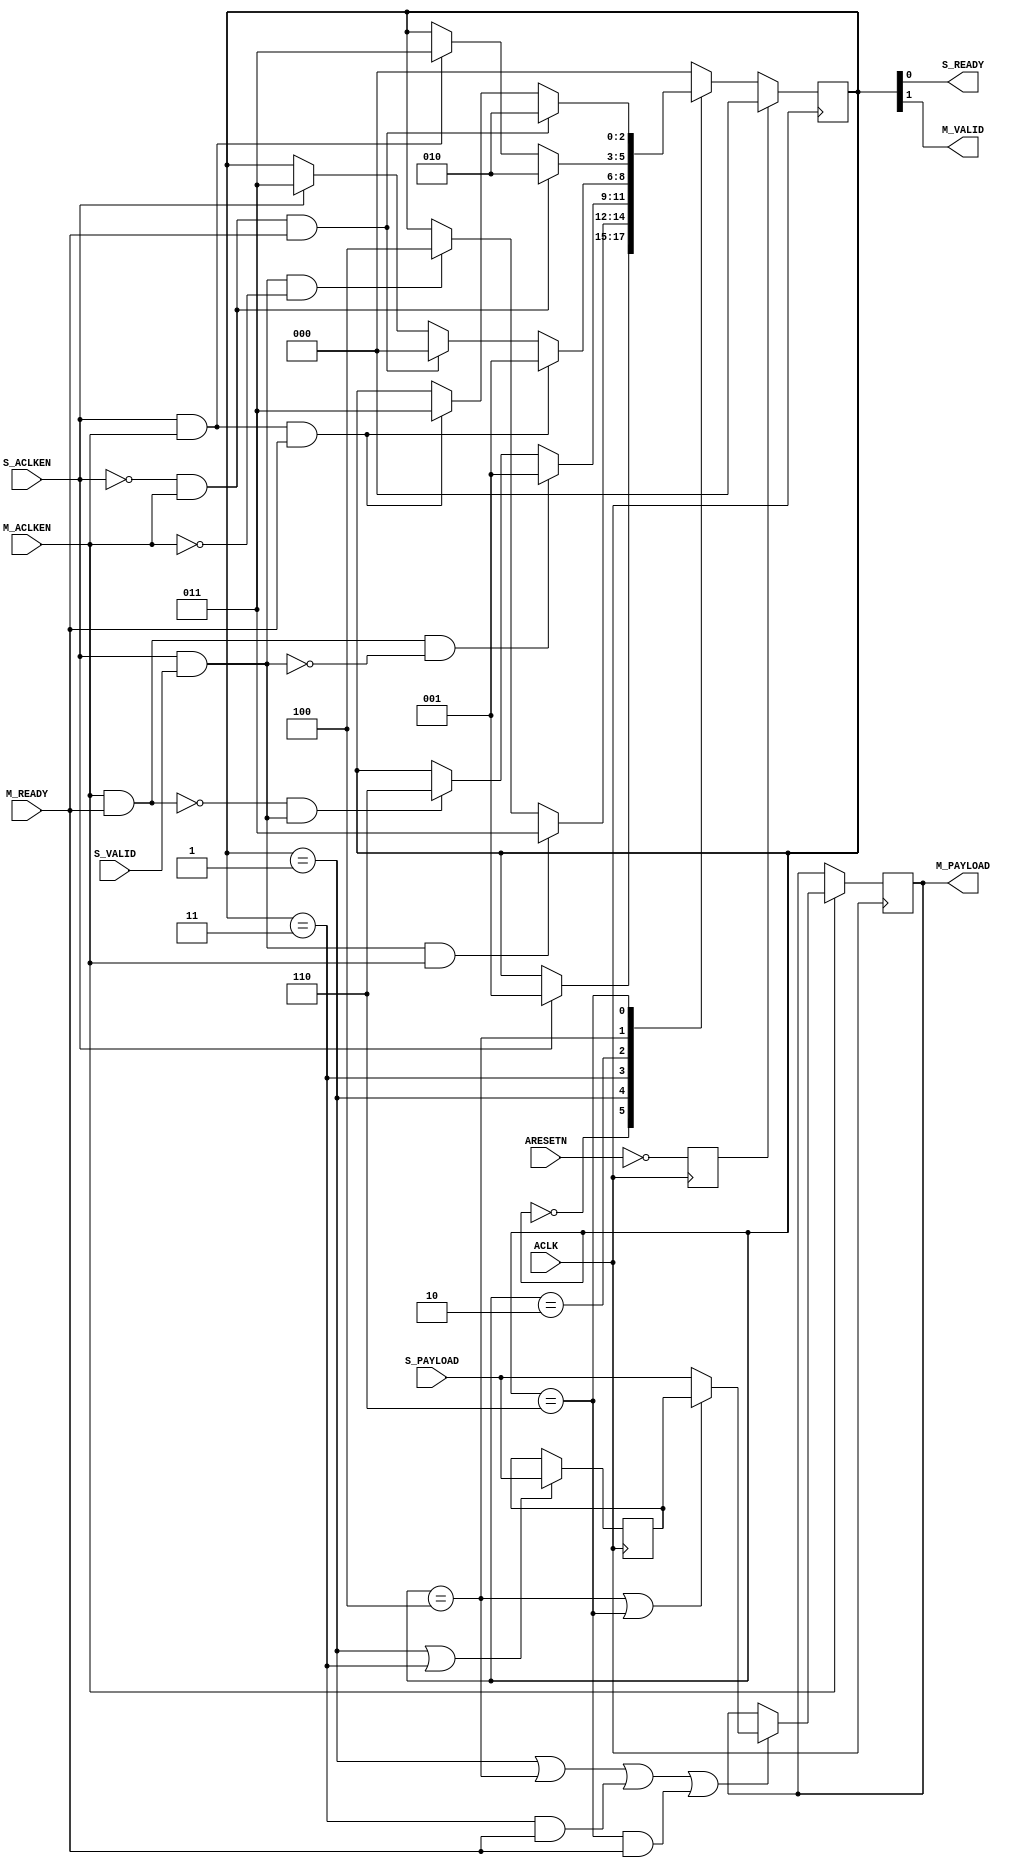
module axis_infrastructure_v1_1_util_aclken_converter # (
///////////////////////////////////////////////////////////////////////////////
// Parameter Definitions
///////////////////////////////////////////////////////////////////////////////
  parameter integer C_PAYLOAD_WIDTH       = 32,
  parameter integer C_S_ACLKEN_CAN_TOGGLE = 1,
  parameter integer C_M_ACLKEN_CAN_TOGGLE = 1
  )
 (
///////////////////////////////////////////////////////////////////////////////
// Port Declarations
///////////////////////////////////////////////////////////////////////////////
  // Slave side
  input  wire                        ACLK,
  input  wire                        ARESETN,

  input  wire                        S_ACLKEN,
  input  wire [C_PAYLOAD_WIDTH-1:0]  S_PAYLOAD,
  input  wire                        S_VALID,
  output wire                        S_READY,

  // Master side
  input  wire                        M_ACLKEN,
  output wire [C_PAYLOAD_WIDTH-1:0]  M_PAYLOAD,
  output wire                        M_VALID,
  input  wire                        M_READY
);

////////////////////////////////////////////////////////////////////////////////
// Functions
////////////////////////////////////////////////////////////////////////////////


////////////////////////////////////////////////////////////////////////////////
// Local parameters
////////////////////////////////////////////////////////////////////////////////

// State machine states
localparam SM_NOT_READY    = 3'b000;
localparam SM_EMPTY        = 3'b001;
localparam SM_R0_NOT_READY = 3'b010;
localparam SM_R0           = 3'b011;
localparam SM_R1           = 3'b100;
localparam SM_FULL         = 3'b110;

////////////////////////////////////////////////////////////////////////////////
// Wires/Reg declarations
////////////////////////////////////////////////////////////////////////////////
wire s_aclken_i;
wire m_aclken_i;
reg  areset;

reg [2:0] state;

// r0 is the output register
reg [C_PAYLOAD_WIDTH-1:0] r0;
wire                      load_r0;
wire                      load_r0_from_r1;

// r1 is the overflow register
reg [C_PAYLOAD_WIDTH-1:0] r1;
wire                      load_r1;
////////////////////////////////////////////////////////////////////////////////
// BEGIN RTL
////////////////////////////////////////////////////////////////////////////////

assign s_aclken_i = C_S_ACLKEN_CAN_TOGGLE ? S_ACLKEN : 1'b1;
assign m_aclken_i = C_M_ACLKEN_CAN_TOGGLE ? M_ACLKEN : 1'b1;

always @(posedge ACLK) begin 
  areset <= ~ARESETN;
end

// Valid/Ready outputs encoded into state machine.
assign S_READY = state[0];
assign M_VALID = state[1];

// State machine: Controls outputs and hold register state info
always @(posedge ACLK) begin 
  if (areset) begin
    state <= SM_NOT_READY;
  end
  else begin 
    case (state)
      // De-assert s_ready, de-assert m_valid, R0 unoccupied, R1 unoccupied
      SM_NOT_READY: begin
        if (s_aclken_i) begin
          state <= SM_EMPTY;
        end
        else begin
          state <= state;
        end
      end

      // Assert s_ready, de-assert m_valid, R0 unoccupied, R1 unoccupied
      SM_EMPTY: begin
        if (s_aclken_i & S_VALID & m_aclken_i) begin
          state <= SM_R0;
        end
        else if (s_aclken_i & S_VALID & ~m_aclken_i) begin
          state <= SM_R1;
        end
        else begin 
          state <= state;
        end
      end

      // Assert s_ready, Assert m_valid, R0 occupied, R1 unoccupied
      SM_R0: begin
        if ((m_aclken_i & M_READY) & ~(s_aclken_i & S_VALID)) begin
          state <= SM_EMPTY;
        end
        else if (~(m_aclken_i & M_READY) & (s_aclken_i & S_VALID)) begin
          state <= SM_FULL;
        end
        else begin 
          state <= state;
        end
      end

      // De-assert s_ready, Assert m_valid, R0 occupied, R1 unoccupied
      SM_R0_NOT_READY: begin
        if (s_aclken_i & m_aclken_i & M_READY) begin
          state <= SM_EMPTY;
        end
        else if (~s_aclken_i & m_aclken_i & M_READY) begin
          state <= SM_NOT_READY;
        end
        else if (s_aclken_i) begin
          state <= SM_R0;
        end
        else begin 
          state <= state;
        end
      end

      // De-assert s_ready, De-assert m_valid, R0 unoccupied, R1 occupied
      SM_R1: begin
        if (~s_aclken_i & m_aclken_i) begin
          state <= SM_R0_NOT_READY;
        end
        else if (s_aclken_i & m_aclken_i) begin 
          state <= SM_R0;
        end
        else begin 
          state <= state;
        end
      end

      // De-assert s_ready, De-assert m_valid, R0 occupied, R1 occupied
      SM_FULL: begin
        if (~s_aclken_i & m_aclken_i & M_READY) begin
          state <= SM_R0_NOT_READY;
        end
        else if (s_aclken_i & m_aclken_i & M_READY) begin 
          state <= SM_R0;
        end
        else begin 
          state <= state;
        end
      end

      default: begin
        state <= SM_NOT_READY;
      end
    endcase
  end
end

assign M_PAYLOAD = r0;

always @(posedge ACLK) begin
  if (m_aclken_i) begin 
    r0 <= ~load_r0 ? r0 :
          load_r0_from_r1 ? r1 :
          S_PAYLOAD ;
  end
end

assign load_r0 = (state == SM_EMPTY) 
                 | (state == SM_R1) 
                 | ((state == SM_R0) & M_READY)
                 | ((state == SM_FULL) & M_READY);

assign load_r0_from_r1 = (state == SM_R1) | (state == SM_FULL);

always @(posedge ACLK) begin
  r1 <= ~load_r1 ? r1 : S_PAYLOAD;
end

assign load_r1 = (state == SM_EMPTY) | (state == SM_R0);


endmodule